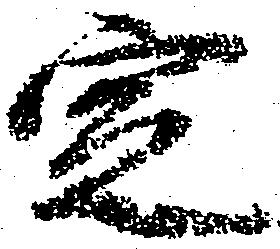
定